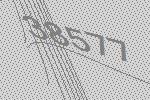
38577